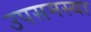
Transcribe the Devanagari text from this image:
उपसमस्या